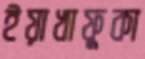
ইয়াখাফুকা